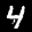
Label: 4